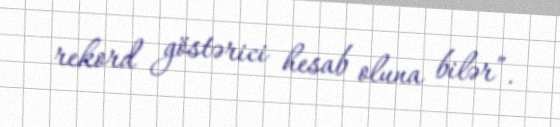
rekord göstərici hesab oluna bilər”.